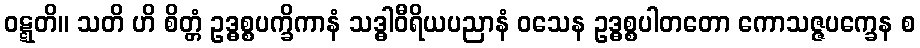
ဝဋ္ဋတိ။ သတိ ဟိ စိတ္တံ ဥဒ္ဓစ္စပက္ခိကာနံ သဒ္ဓါဝီရိယပညာနံ ဝသေန ဥဒ္ဓစ္စပါတတော ကောသဇ္ဇပက္ခေန စ